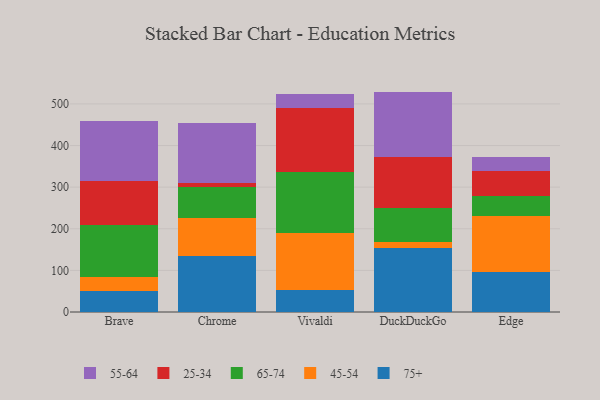
{"axis": {"x": "Browser", "y": "Humidity (%)"}, "legend": ["25-34", "45-54", "55-64", "65-74", "75+"], "data": [{"x": "Brave", "y": 51.1, "type": "75+"}, {"x": "Brave", "y": 33.5, "type": "45-54"}, {"x": "Brave", "y": 123.8, "type": "65-74"}, {"x": "Brave", "y": 107.1, "type": "25-34"}, {"x": "Brave", "y": 144.0, "type": "55-64"}, {"x": "Chrome", "y": 133.4, "type": "75+"}, {"x": "Chrome", "y": 92.3, "type": "45-54"}, {"x": "Chrome", "y": 73.6, "type": "65-74"}, {"x": "Chrome", "y": 11.1, "type": "25-34"}, {"x": "Chrome", "y": 142.6, "type": "55-64"}, {"x": "Vivaldi", "y": 52.1, "type": "75+"}, {"x": "Vivaldi", "y": 137.6, "type": "45-54"}, {"x": "Vivaldi", "y": 146.7, "type": "65-74"}, {"x": "Vivaldi", "y": 154.4, "type": "25-34"}, {"x": "Vivaldi", "y": 34.0, "type": "55-64"}, {"x": "DuckDuckGo", "y": 154.1, "type": "75+"}, {"x": "DuckDuckGo", "y": 13.8, "type": "45-54"}, {"x": "DuckDuckGo", "y": 81.4, "type": "65-74"}, {"x": "DuckDuckGo", "y": 122.6, "type": "25-34"}, {"x": "DuckDuckGo", "y": 157.7, "type": "55-64"}, {"x": "Edge", "y": 96.1, "type": "75+"}, {"x": "Edge", "y": 135.6, "type": "45-54"}, {"x": "Edge", "y": 46.9, "type": "65-74"}, {"x": "Edge", "y": 60.8, "type": "25-34"}, {"x": "Edge", "y": 32.9, "type": "55-64"}]}